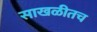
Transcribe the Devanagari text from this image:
साखळीतच